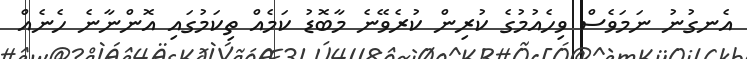
އެނގުނު ނަމަވެސް ވިހެއުމުގެ ކުރިން ކުރެވޭނެ މާބޮޑު ކަމެއް ތިކަމުގައި އޮންނާނެ ހެނެއް